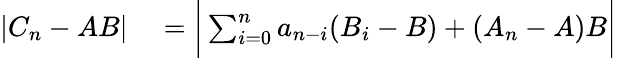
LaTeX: \begin{array}{rl}{|C_{n}-AB|}&{{}={\biggl|}\sum_{i=0}^{n}a_{n-i}(B_{i}-B)+(A_{n}-A)B{\biggr|}}\end{array}